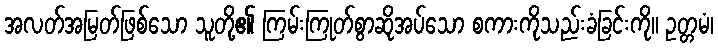
အလတ်အမြတ်ဖြစ်သော သူတို့၏ ကြမ်းကြုတ်စွာဆိုအပ်သော စကားကိုသည်းခံခြင်းကို။ ဥတ္တမံ၊